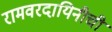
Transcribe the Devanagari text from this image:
रामवरदायिनीची